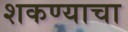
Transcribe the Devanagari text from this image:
शकण्याचा